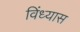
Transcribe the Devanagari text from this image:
विंध्यास